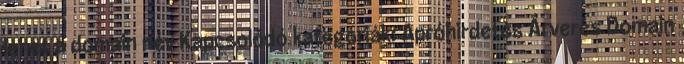
lehet a domain név Kapcsolódó kategóriák: Apróhirdetés Árverés Domain